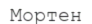
Мортен